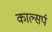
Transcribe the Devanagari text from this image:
काल्सर्प